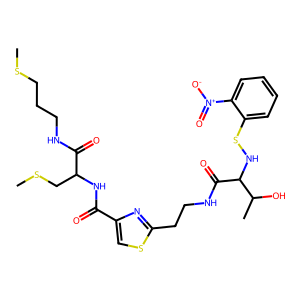
SMILES: CSCCCNC(=O)C(CSC)NC(=O)c1csc(CCNC(=O)C(NSc2ccccc2[N+](=O)[O-])C(C)O)n1
Inhibits HIV replication: No